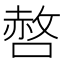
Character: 𭊆